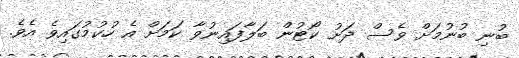
ބުނި ބުނުމަށް ވެސް ދަށު ކޯޓުން ބަލާފައިނުވާ ކަމަށް އެ ހުކުމުގައިވެ އެވެ.